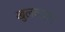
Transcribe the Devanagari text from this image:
खुलवाकर